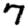
Digit: 7